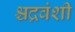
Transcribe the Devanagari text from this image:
श्चद्रवंशी